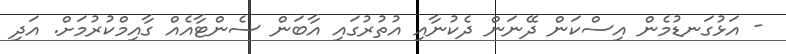
- އަޅުގަނޑުމެން އިސްކަން ދޭނަން ދެކުނާއި އުތުރުގައި އާބަން ސެންޓާއެއް ގާއިމްކުރުމަށް. އަދި